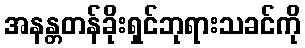
အနန္တတန်ခိုးရှင်ဘုရားသခင်ကို